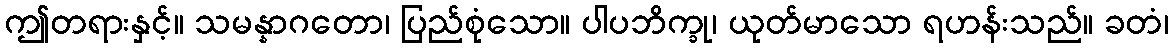
ဤတရားနှင့်။ သမန္နာဂတော၊ ပြည်စုံသော။ ပါပဘိက္ခု၊ ယုတ်မာသော ရဟန်းသည်။ ခတံ၊